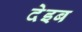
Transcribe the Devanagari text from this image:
देइब